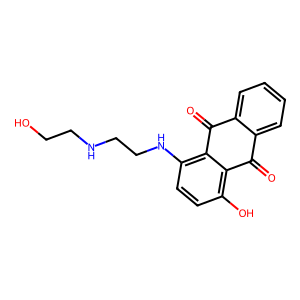
SMILES: O=C1c2ccccc2C(=O)c2c(NCCNCCO)ccc(O)c21
Inhibits HIV replication: No